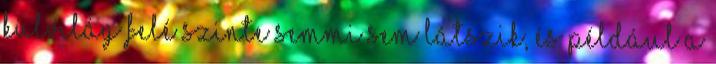
külvilág felé szinte semmi sem látszik, és például a